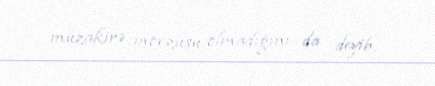
müzakirə mövzusu olmadığını da deyib.